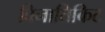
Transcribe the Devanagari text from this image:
विनातिकिट